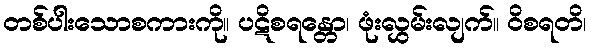
တစ်ပါးသောစကားကို။ ပဋိစရန္တော၊ ဖုံးလွှမ်းလျက်။ ဝိစရတိ၊